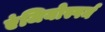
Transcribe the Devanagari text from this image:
एंजियोस्पर्म